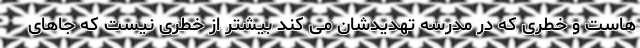
هاست و خطری که در مدرسه تهدیدشان می کند بیشتر از خطری نیست که جاهای